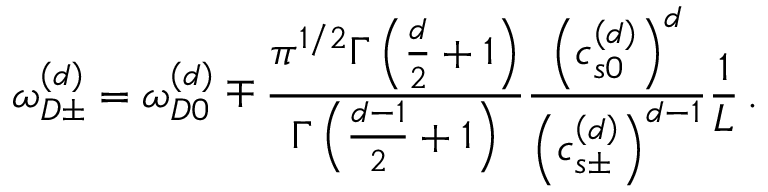
\omega _ { D \pm } ^ { \left( d \right) } = \omega _ { D 0 } ^ { \left( d \right) } \mp \frac { \pi ^ { 1 / 2 } \Gamma \left( \frac { d } { 2 } + 1 \right) } { \Gamma \left( \frac { d - 1 } { 2 } + 1 \right) } \frac { \left( c _ { s 0 } ^ { \left( d \right) } \right) ^ { d } } { \left( c _ { s \pm } ^ { \left( d \right) } \right) ^ { d - 1 } } \frac { 1 } { L } \, .